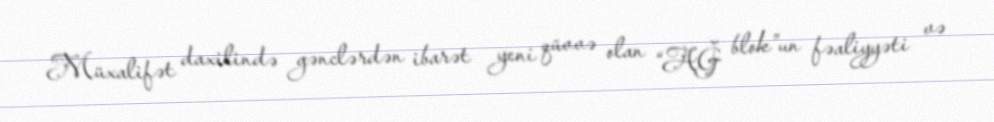
Müxalifət daxilində gənclərdən ibarət yeni qüvvə olan “AĞ blok”un fəaliyyəti və